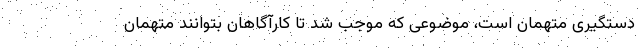
دستگیری متهمان است، موضوعی که موجب شد تا کارآگاهان بتوانند متهمان